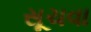
સૂચવા